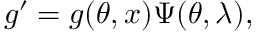
g ^ { \prime } = g ( \theta , x ) \Psi ( \theta , \lambda ) ,